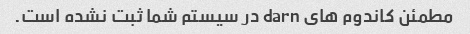
مطمئن کاندوم های darn در سیستم شما ثبت نشده است.